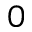
0